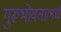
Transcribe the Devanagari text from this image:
गुरूभोवतालचे